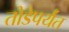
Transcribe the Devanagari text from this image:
तोडेपर्यंत